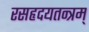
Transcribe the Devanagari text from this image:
रसहृदयतन्त्रम्